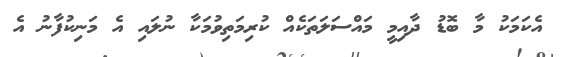
އެކަމަކު މާ ބޮޑު ދާއިމީ މައްސަލަތަކެއް ކުރިމަތިވުމަކާ ނުލައި އެ މަނިކުފާނު އެ